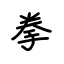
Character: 拳